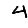
Digit: 4